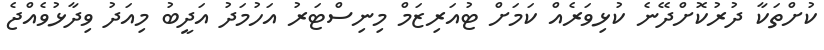
ކުށްތަކާ ދުރުކޮށްދޭނެ ކުޅިވަރެއް ކަމަށް ޓުއަރިޒަމް މިނިސްޓަރު އަހުމަދު އަދީބު މިއަދު ވިދާޅުވެއްޖެ